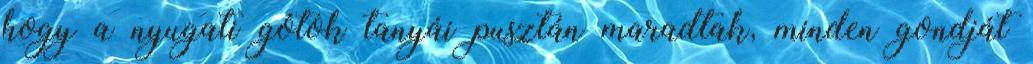
hogy a nyugati gótok tanyái pusztán maradtak, minden gondját